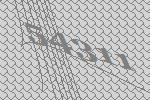
54311